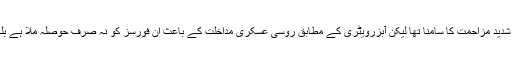
ان علاقوں میں شامی فورسز کو جہادیوں کی شدید مزاحمت کا سامنا تھا لیکن آبزرویٹری کے مطابق روسی عسکری مداخلت کے باعث ان فورسز کو نہ صرف حوصلہ ملا ہے بلکہ وہ فوجی مدد سے بھی فائدہ اٹھا رہے ہیں۔